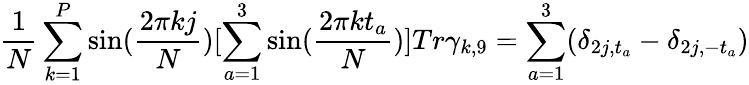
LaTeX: \frac{1}N\sum_{k=1}^{P}\sin(\frac{2\pi kj}N)[\sum_{a=1}^{3}\sin(\frac{2\pi kt_{a}}N)]Tr\gamma_{k,9}=\sum_{a=1}^{3}(\delta_{2j,t_{a}}-\delta_{2j,-t_{a}})